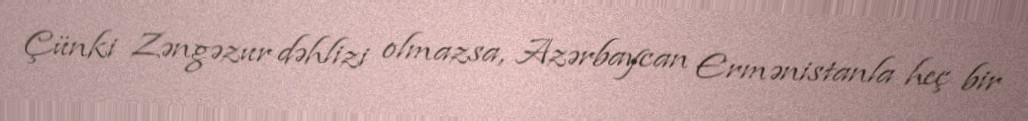
Çünki Zəngəzur dəhlizi olmazsa, Azərbaycan Ermənistanla heç bir